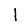
Digit: 1